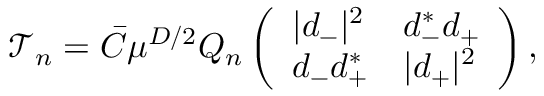
\begin{array} { r } { \mathcal { T } _ { n } = \bar { C } \mu ^ { D / 2 } Q _ { n } \left( \begin{array} { l l } { | d _ { - } | ^ { 2 } } & { d _ { - } ^ { * } d _ { + } } \\ { d _ { - } d _ { + } ^ { * } } & { | d _ { + } | ^ { 2 } } \end{array} \right) , } \end{array}